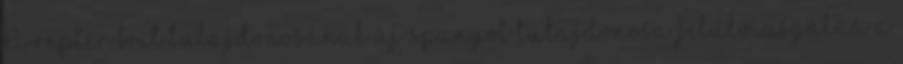
A reptér brit tulajdonosának új spanyol tulajdonosa felülvizsgálná a